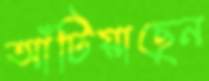
আঁটিয়াছেন